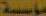
مؤسسة